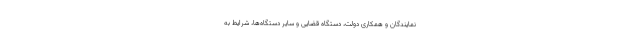
نمایندگان و همکاری دولت، دستگاه قضایی و سایر دستگاه‌ها، شرایط به‌